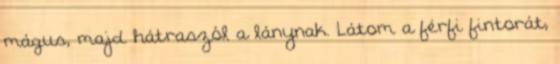
mágus, majd hátraszól a lánynak. Látom a férfi fintorát,